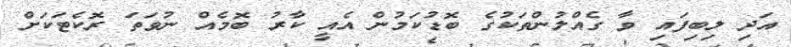
އަދި ލިބިފައި ވާ ގެއްލުންތަކުގެ ބޮޑުކަމުން އެއީ ކާރު ބޮމެއް ނުވަތަ ރޮކެޓަކަށް